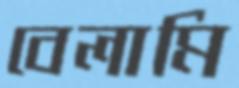
বেলামি